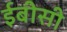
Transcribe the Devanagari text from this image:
ईबीसी